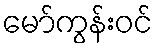
မော်ကွန်းဝင်